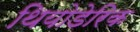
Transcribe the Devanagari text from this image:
थियोडेरिक